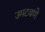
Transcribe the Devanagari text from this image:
उमटवणे